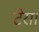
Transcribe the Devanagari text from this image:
टेरा।